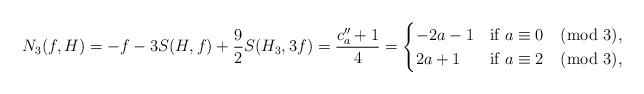
LaTeX: \begin{align*}N_3(f,H)=-f-3S(H,f)+\frac{9}{2}S(H_3,3f)=\frac{c_a''+1}{4}=\begin{cases}-2a-1&\hbox{if $a\equiv 0\pmod 3$},\\2a+1&\hbox{if $a\equiv 2 \pmod 3$},\end{cases}\end{align*}